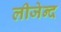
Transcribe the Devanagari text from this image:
लीजेन्द